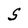
Character: S